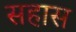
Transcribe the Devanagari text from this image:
सहास